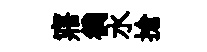
寤徜水搶